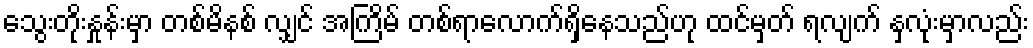
သွေးတိုးနှုန်းမှာ တစ်မိနစ် လျှင် အကြိမ် တစ်ရာလောက်ရှိနေသည်ဟု ထင်မှတ် ရလျက် နှလုံးမှာလည်း